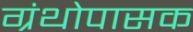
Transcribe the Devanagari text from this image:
ग्रंथोपासक